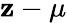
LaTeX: \mathbf{z}-\mu